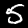
Label: 5